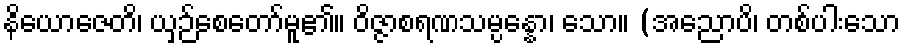
နိယောဇေတိ၊ ယှဉ်စေတော်မူ၏။ ဝိဇ္ဇာစရဏသမ္ပန္နော၊ သော။ (အညောပိ၊ တစ်ပါးသော